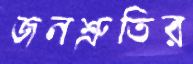
জনশ্রুতির